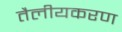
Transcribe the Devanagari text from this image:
तैलीयकरण